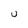
Character: U